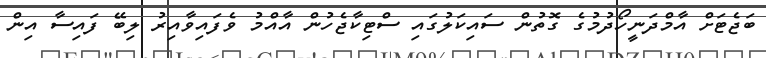
ބަޖެޓަށް އާމްދަނީހޯދުމުގެ ގޮތުން ސައިކަލުގައި ސްޓިކާޖެހުން އާއްމު ވެފައިވާއިރު ލިބޭ ފައިސާ އިން